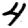
Digit: 4